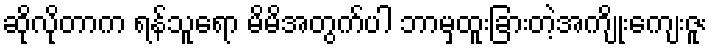
ဆိုလိုတာက ရန်သူရော မိမိအတွက်ပါ ဘာမှထူးခြားတဲ့အကျိုးကျေးဇူး